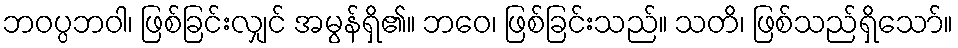
ဘဝပ္ပဘဝါ၊ ဖြစ်ခြင်းလျှင် အမွန်ရှိ၏။ ဘဝေ၊ ဖြစ်ခြင်းသည်။ သတိ၊ ဖြစ်သည်ရှိသော်။